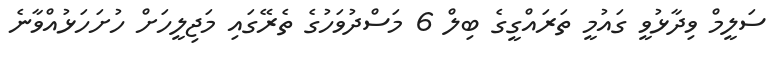
ސަލީމް ވިދާޅުވީ ގައުމީ ތަރައްގީގެ ބިލް 6 މަސްދުވަހުގެ ތެރޭގައި މަޖިލީހަށް ހުށަހަޅުއްވާނެ